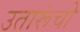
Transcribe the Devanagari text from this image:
उतारूंची